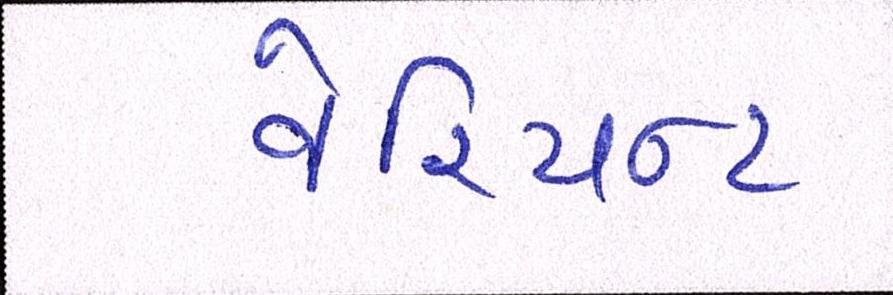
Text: વેરિયન્ટ